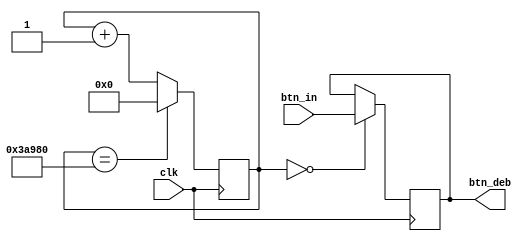
`timescale 1ns / 1ps
//////////////////////////////////////////////////////////////////////////////////
// Company: Myminieye
// 
// Design Name:  
// Module Name:  btn_deb
// Project Name: 
// Target Devices: Gowin
// Tool Versions: 
// Description: 
//      
// Dependencies: 
// 
// Revision:
// Revision 0.01 - File Created
// Additional Comments:
// 
//////////////////////////////////////////////////////////////////////////////////

`define UD #1
module btn_deb#(
    parameter                  BTN_WIDTH = 4'd8
)
(
    input                      clk,  //12MHz
    input      [BTN_WIDTH-1:0] btn_in,
    
    output reg [BTN_WIDTH-1:0] btn_deb
);

//==================================================================================
    reg [17:0] time_cnt= 18'd0;
    always @ (posedge clk)
    begin
        if(time_cnt == 18'h3A980)
            time_cnt <= `UD 20'd0;
        else
            time_cnt <= `UD time_cnt + 20'd1;
    end
    
    always @(posedge clk)
    begin
        if(time_cnt == 20'd0)
            btn_deb <= `UD btn_in;
    end

endmodule